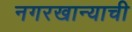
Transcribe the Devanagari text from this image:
नगरखान्याची